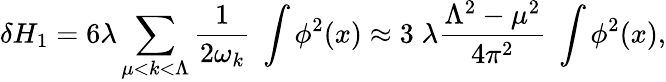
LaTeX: \delta H_{1}=6\lambda\sum_{\mu<k<\Lambda}{\frac{1}{2\omega_{k}}}\; \int\phi^{2}(x)\approx 3\; \lambda\frac{\Lambda^{2}-\mu^{2}}{4\pi^{2}}\; \int\phi^{2}(x),